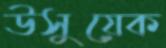
উসুয়েক